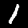
Label: 1